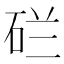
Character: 𬒇